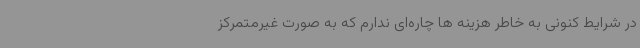
در شرایط کنونی به خاطر هزینه ها چاره‌ای ندارم که به صورت غیرمتمرکز